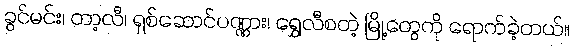
ခွင်မင်း၊ တာ့လီ၊ ရှစ်ဆောင်ပဏ္ဏား၊ ရွှေလီစတဲ့ မြို့တွေကို ရောက်ခဲ့တယ်။